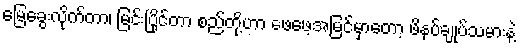
မြေခွေးလိုက်တာ၊ မြင်းပြိုင်တာ စည်တို့ဟာ ဖေဖေ့အမြင်မှာတော့ ဖိနပ်ချုပ်သမားနဲ့